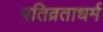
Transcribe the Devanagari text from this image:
पतिव्रताधर्म